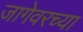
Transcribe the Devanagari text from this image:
जागेवरच्या